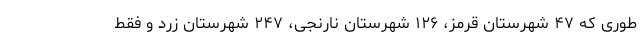
طوری که ۴۷ شهرستان قرمز، ۱۲۶ شهرستان نارنجی، ۲۴۷ شهرستان زرد و فقط